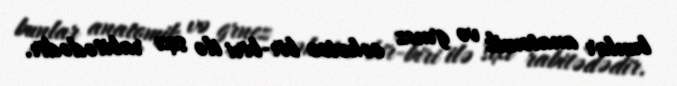
bunlar anatomik və grnez cəhətcə bir-biri ilə sıxı rabitədədir.